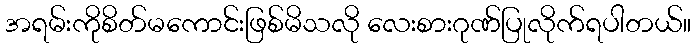
အရမ်းကိုစိတ်မကောင်းဖြစ်မိသလို လေးစားဂုဏ်ပြုလိုက်ရပါတယ်။